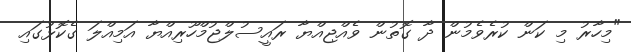
"މިހާރު މި ކަން ކުރެވެމުން ދާ ގޮތުން ވެއްޖިއްޔާ ރައީސުލްޖުމްހޫރިއްޔާ އަމިއްލަ ގެކޮޅުގައި